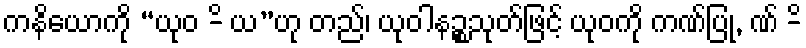
ကနိယောကို “ယုဝ -ိ ယ”ဟု တည်၊ ယုဝါနဉ္စသုတ်ဖြင့် ယုဝကို ကဏ်ပြု, ဏ် -ိ